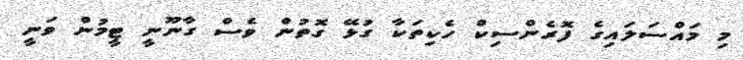
މި މައްސަލައިގެ ފޮރެންސިކް ހެކިތަކާ ގުޅޭ ގޮތުން ވެސް ގާނޫނީ ޓީމުން ވަނީ